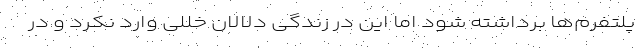
پلتفرم‌ها برداشته شود اما این در زندگی دلالان خللی وارد نکرد و در